On the action of the venoms of the cobra (Naja tripudians) and of the daboia (Daboia russellii) on the red blood corpuscles and on the blood plasma - Number 4
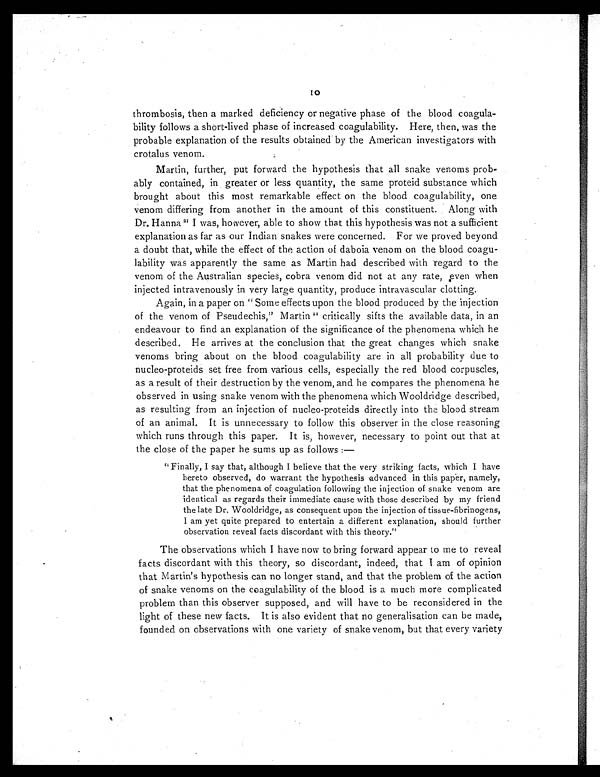
10
thrombosis, then a marked deficiency or negative phase of the blood coagula-
bility follows a short-lived phase of increased coagulability. Here, then, was the
probable explanation of the results obtained by the American investigators with
crotalus venom.
Martin, further, put forward the hypothesis that all snake venoms prob-
ably contained, in greater or less quantity, the same proteid substance which
brought about this most remarkable effect on the blood coagulability, one
venom differing from another in the amount of this constituent. Along with
Dr. Hanna 21 I was, however, able to show that this hypothesis was not a sufficient
explanation as far as our Indian snakes were concerned. For we proved beyond
a doubt that, while the effect of the action of daboia venom on the blood coagu-
lability was apparently the same as Martin had described with regard to the
venom of the Australian species, cobra venom did not at any rate, even when
injected intravenously in very large quantity, produce intravascular clotting.
Again, in a paper on "Some effects upon the blood produced by the injection
of the venom of Pseudechis," Martin 22 critically sifts the available data, in an
endeavour to find an explanation of the significance of the phenomena which he
described. He arrives at the conclusion that the great changes which snake
venoms bring about on the blood coagulability are in all probability due to
nucleo-proteids set free from various cells, especially the red blood corpuscles,
as a result of their destruction by the venom, and he compares the phenomena he
observed in using snake venom with the phenomena which Wooldridge described,
as resulting from an injection of nucleo-proteids directly into the blood stream
of an animal. It is unnecessary to follow this observer in the close reasoning
which runs through this paper. It is, however, necessary to point out that at
the close of the paper he sums up as follows :
—
"Finally, I say that, although I believe that the very striking facts, which I have
hereto observed, do warrant the hypothesis advanced in this paper, namely,
that the phenomena of coagulation following the injection of snake venom are
identical as regards their immediate cause with those described by my friend
the late Dr. Wooldridge, as consequent upon the injection of tissue-fibrinogens,
I am yet quite prepared to entertain a different explanation, should further
observation reveal facts discordant with this theory."
The observations which I have now to bring forward appear to me to reveal
facts discordant with this theory, so discordant, indeed, that I am of opinion
that Martin's hypothesis can no longer stand, and that the problem of the action
of snake venoms on the coagulability of the blood is a much more complicated
problem than this observer supposed, and will have to be reconsidered in the
light of these new facts. It is also evident that no generalisation can be made,
founded on observations with one variety of snake venom, but that every variety